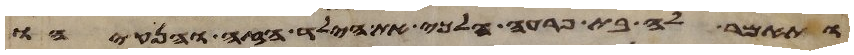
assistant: ותאמר לה בת פרעה הלכי את הילד הזה והנקהו